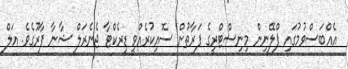
އެއްބަސްވުމުގައި ޕްލޭނިން މިނިސްޓްރީގެ ފަރާތުން ސޮއިކުރެއްވީ ޑިރެކްޓާ ޖެނެރަލް ޝާނާ ފާރޫގެވެ. އަލް